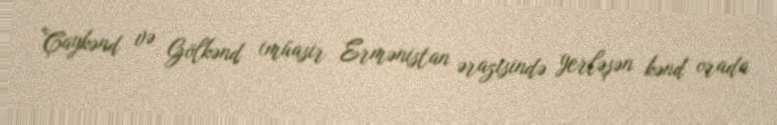
Çaykənd və Gölkənd (müasir Ermənistan ərazisində yerləşən kənd orada